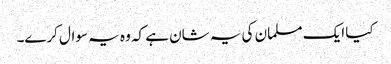
کیا ایک مسلمان کی یہ شان ہے کہ وہ یہ سوال کرے۔